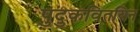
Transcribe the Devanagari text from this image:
पुदुकवितयिन